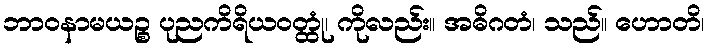
ဘာဝနာမယဉ္စ ပုညကိရိယဝတ္ထုံ၊ ကိုလည်း။ အဓိဂတံ၊ သည်။ ဟောတိ၊